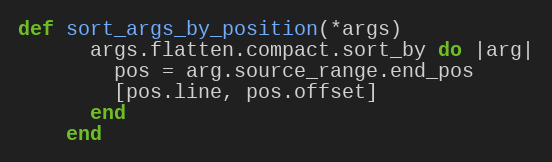
Language: Ruby
def sort_args_by_position(*args)
      args.flatten.compact.sort_by do |arg|
        pos = arg.source_range.end_pos
        [pos.line, pos.offset]
      end
    end